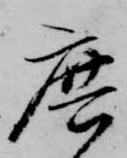
庶